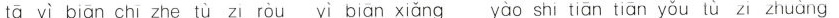
tā yì biān chī zhe tù zi ròu yì biān xiǎng yào shi tiān tiān yǒu tù zi zhuàng